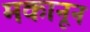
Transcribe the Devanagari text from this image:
मकानून